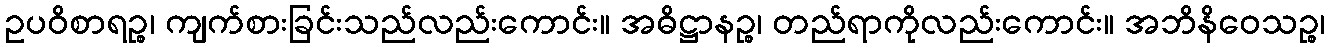
ဥပဝိစာရဉ္စ၊ ကျက်စားခြင်းသည်လည်းကောင်း။ အဓိဋ္ဌာနဉ္စ၊ တည်ရာကိုလည်းကောင်း။ အဘိနိဝေသဉ္စ၊